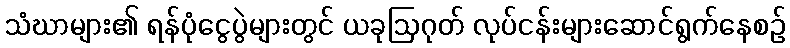
သံဃာများ၏ ရန်ပုံငွေပွဲများတွင် ယခုဩဂုတ် လုပ်ငန်းများဆောင်ရွက်နေစဉ်